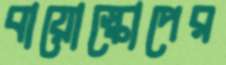
বায়োস্কোপের